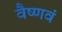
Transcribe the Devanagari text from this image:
वैष्णवं